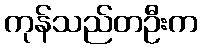
ကုန်သည်တဦးက